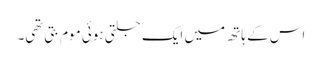
اس کے ہاتھ میں ایک جلتی ہوئی موم بتی تھی۔